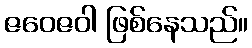
ဇဝေဇဝါ ဖြစ်နေသည်။